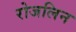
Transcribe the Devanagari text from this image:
रोजलिन